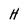
Character: H